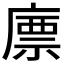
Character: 𢊣